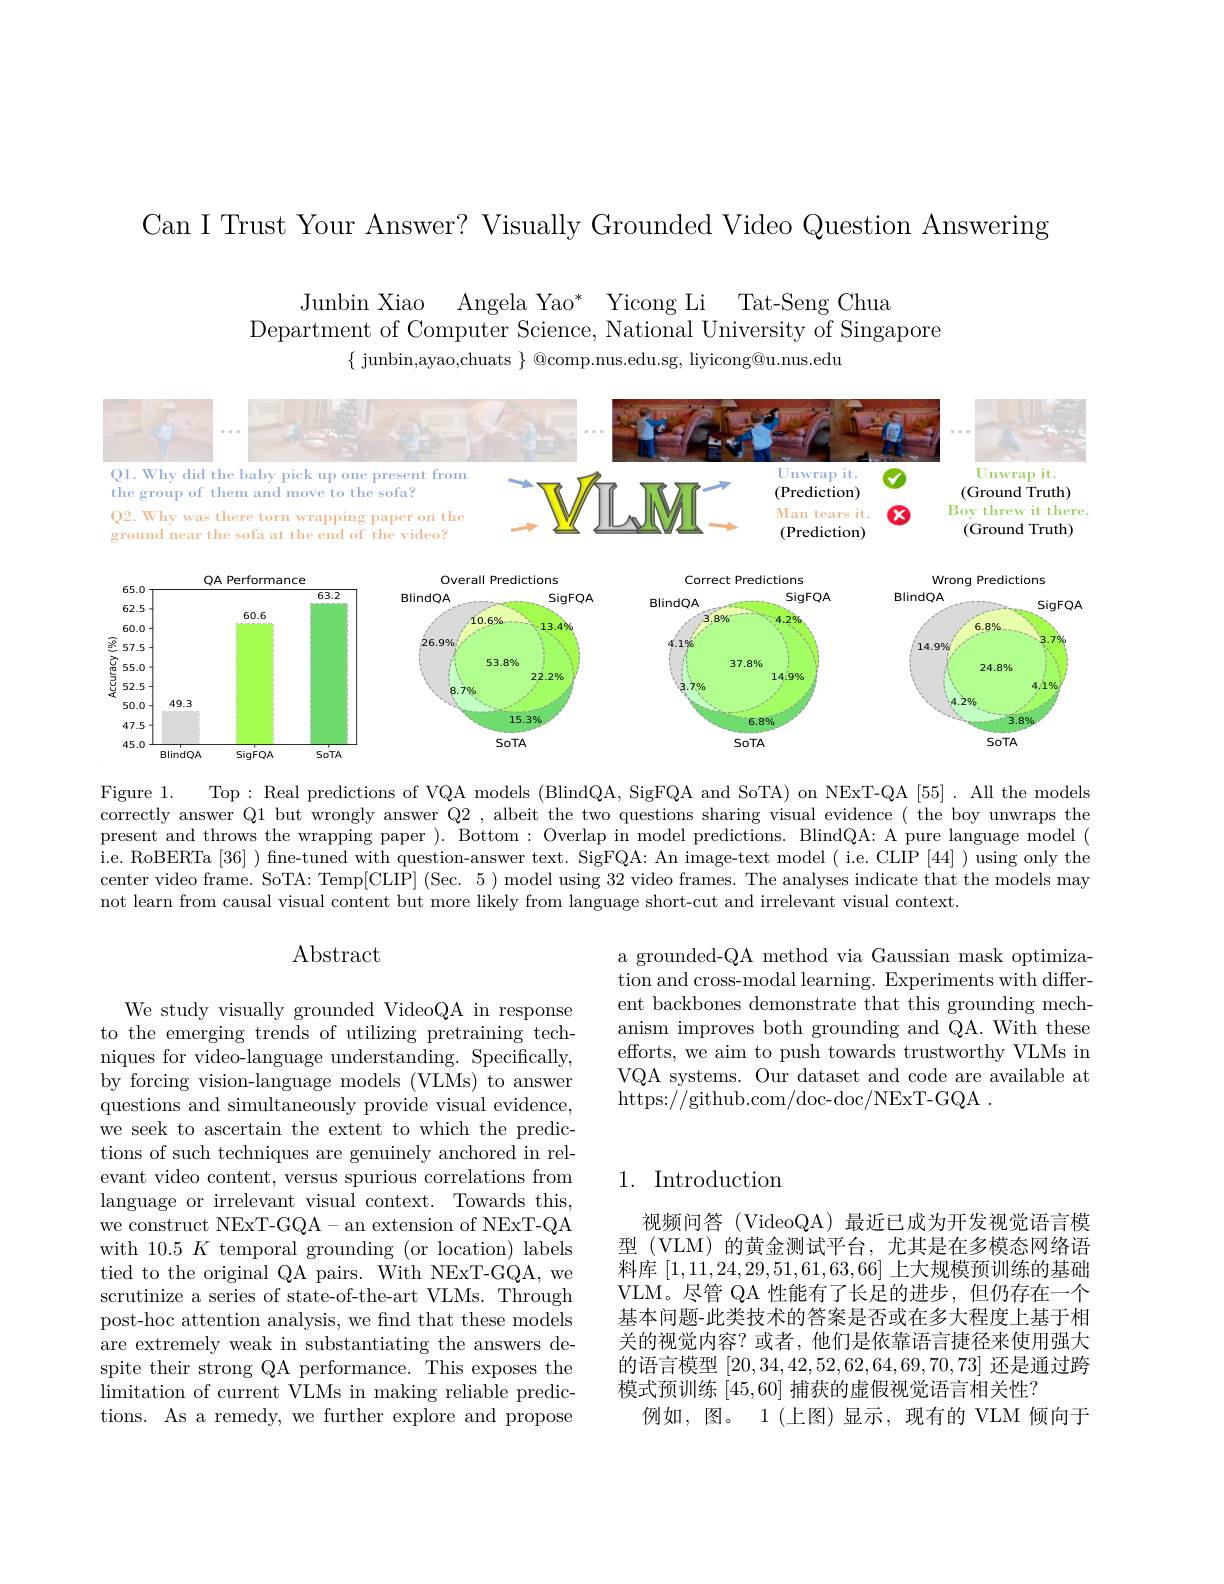
Can I Trust Your Answer? Visually Grounded Video Question Answering

Junbin Xiao Angela Yao* Yicong Li Tat-Seng Chua
Department of Computer Science, National University of Singapore
$\{$ junbin,ayao,chuats $\}$ @comp.nus.edu.sg, liyicong@u.nus.edu

<FigureHere>

Figure 1.
Top: Real predictions of VQA models (BlindQA, SigFQA and SoTA) on NExT-QA [55]. All the models
correctly answer Q1 but wrongly answer Q2 , albeit the two questions sharing visual evidence( the boy unwraps the present and throws the wrapping paper ). Bottom : Overlap in model predictions. BlindQA: A pure language model ( $\hat{\text{i.e. RoBERTa [36] )fne-tuned with question-answer text. SigFQA: An image-text model ( i.e. CLIP [44] ) using only the}}$ center video frame. SoTA: Temp[CLIP] (Sec. 5) model using 32 video frames. The analyses indicate that the models may not learn from causal visual content but more likely from language short-cut and irrelevant visual context.

## Abstract

a grounded-QA method via Gaussian mask optimization and cross-modal learning. Experiments with different backbones demonstrate that this grounding mechanism improves both grounding and QA. With these efforts, we aim to push towards trustworthy VLMs in VQA systems. Our dataset and code are available at https://github.com/doc-doc/NExT-GQA~.

## 1. Introduction

We study visually grounded VideoQA in response to the emerging trends of utilizing pretraining techniques for video-language understanding. Specifically, by forcing vision-language models (VLMs) to answer questions and simultaneously provide visual evidence, we seek to ascertain the extent to which the predictions of such techniques are genuinely anchored in relevant video content, versus spurious correlations from language or irrelevant visual context. Towards this, we construct NExT-GQA- an extension of NExT-QA with 10.5 $K$ temporal grounding (or location) labels tied to the original QA pairs. With NExT-GQA, we scrutinize a series of state-of-the-art VLMs. Through post-hoc attention analysis, we find that these models are extremely weak in substantiating the answers despite their strong QA performance. This exposes the limitation of current VLMs in making reliable predictions. As a remedy, we further explore and propose

视频问答(VideoQA)最近已成为开发视觉语言模型 (VLM) 的黄金测试平台，尤其是在多模态网络语料库[1,11,24,29,51,61,63,66]上大规模预训练的基础VLM。尽管 QA 性能有了长足的进步，但仍存在一个基本问题-此类技术的答案是否或在多大程度上基于相关的视觉内容？或者，他们是依靠语言捷径来使用强大的语言模型[20,34,42,52,62,64,69,70,73]还是通过跨模式预训练[45,60]捕获的虚假视觉语言相关性？
例如，图。1(上图)显示，现有的 VLM 倾向于